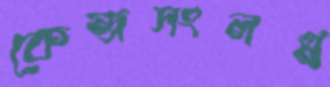
কেন্দ্রসংলগ্ন